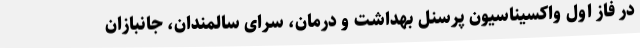
در فاز اول واکسیناسیون پرسنل بهداشت و درمان، سرای سالمندان، جانبازان